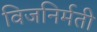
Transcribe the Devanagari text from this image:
विजनिर्मती